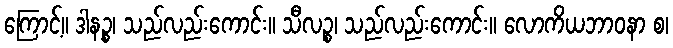
ကြောင့်။ ဒါနဉ္စ၊ သည်လည်းကောင်း။ သီလဉ္စ၊ သည်လည်းကောင်း။ လောကိယဘာဝနာ စ၊